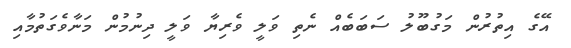
އޭގެ އިތުރުން މަގުބޫލު ސަބަބެއް ނެތި ވަލީ ވެރިޔާ ވަލީ ދިނުމުން މަނާވެގަތުމާއި